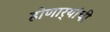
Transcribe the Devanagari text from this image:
होणार्‍यांची